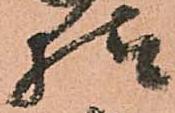
様